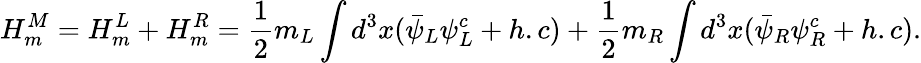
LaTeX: H_{m}^{M}=H_{m}^{L}+H_{m}^{R}=\frac{1}{2}m_{L}\int d^{3}{x}(\bar{\psi}_{L}\psi_{L}^{c}+h.c)+\frac{1}{2}m_{R}\int d^{3}{x}(\bar{\psi}_{R}\psi_{R}^{c}+h.c).